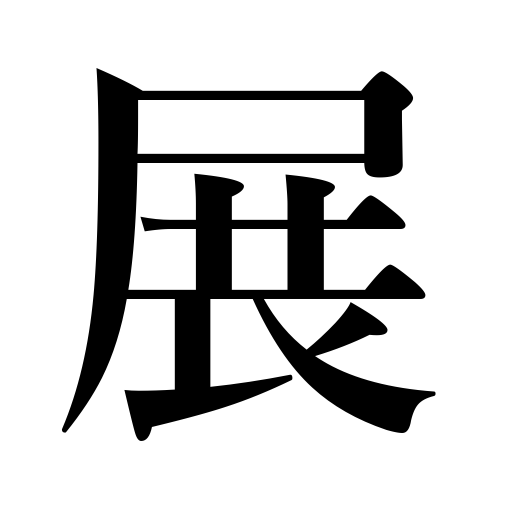
Meanings: expand